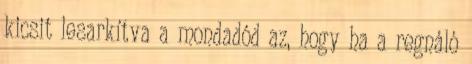
kicsit lesarkítva a mondadód az, hogy ha a regnáló